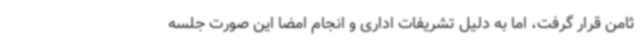
ثامن قرار گرفت، اما به دلیل تشریفات اداری و انجام امضا این صورت جلسه